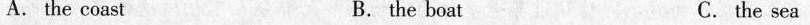
A. the coast B. the boat C.the sea